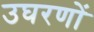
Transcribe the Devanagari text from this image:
उघरणों